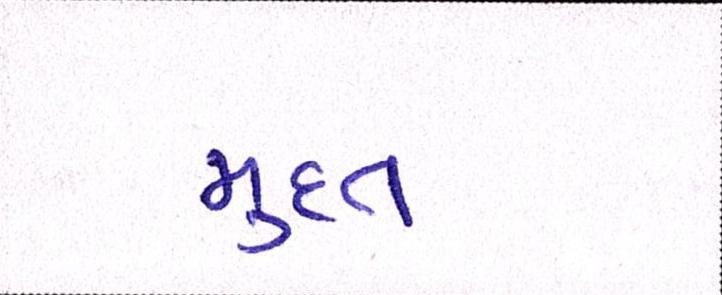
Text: મુદત